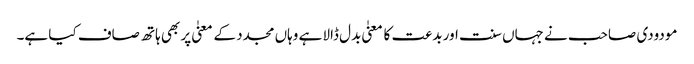
مودودی صاحب نے جہاں سنت اور بدعت کا معنیٰ بدل ڈالا ہے وہاں مجدد کے معنیٰ پر بھی ہاتھ صاف کیا ہے۔